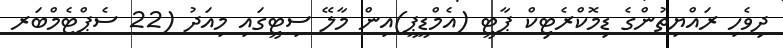
ދިވެހި ރައްޔިތުންގެ ޑިމޮކްރެޓިކް ޕާޓީ (އެމްޑީޕީ)އިން މާލޭ ސިޓީގައި މިއަދު (22 ސެޕްޓެމްބަރ